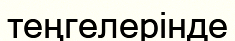
теңгелерінде